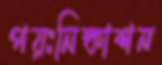
পয়ঃনিষ্কাশন